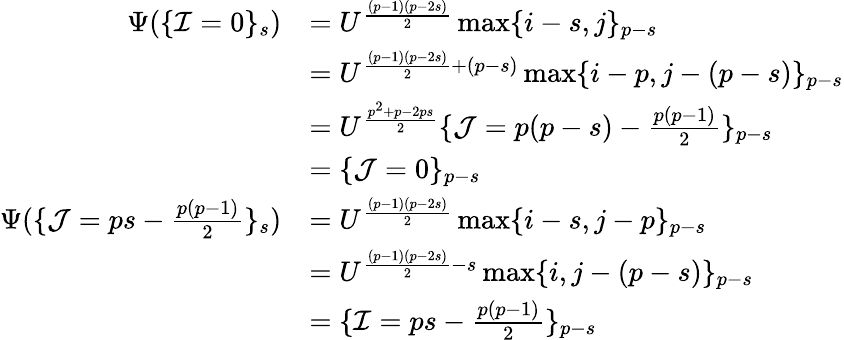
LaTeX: \begin{array}{rl}{\Psi(\{ \mathcal{I}=0\} _{s})}&{=U^{\frac{(p-1)(p-2s)}{2}}\operatorname*{max}\{ i-s,j\} _{p-s}}\\ &{=U^{\frac{(p-1)(p-2s)}{2}+(p-s)}\operatorname*{max}\{ i-p,j-(p-s)\} _{p-s}}\\ &{=U^{\frac{p^{2}+p-2ps}{2}}\{ \mathcal{J}=p(p-s)-\frac{p(p-1)}{2}\} _{p-s}}\\ &{=\{ \mathcal{J}=0\} _{p-s}}\\ {\Psi(\{ \mathcal{J}=ps-\frac{p(p-1)}{2}\} _{s})}&{=U^{\frac{(p-1)(p-2s)}{2}}\operatorname*{max}\{ i-s,j-p\} _{p-s}}\\ &{=U^{\frac{(p-1)(p-2s)}{2}-s}\operatorname*{max}\{ i,j-(p-s)\} _{p-s}}\\ &{=\{ \mathcal{I}=ps-\frac{p(p-1)}{2}\} _{p-s}}\end{array}